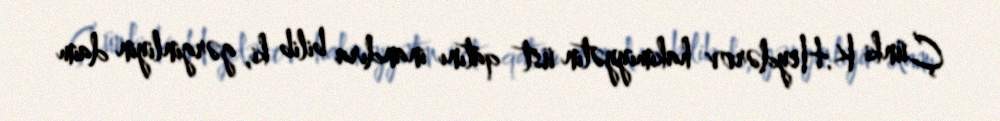
Çünki K.Heydərov hakimiyyətin üst qatını inandıra bilib ki, gərginliyin daim